Sanitation, dispensaries and jails vaccination Rajputana 1922-1927 - 1922-1927
Year: 1922
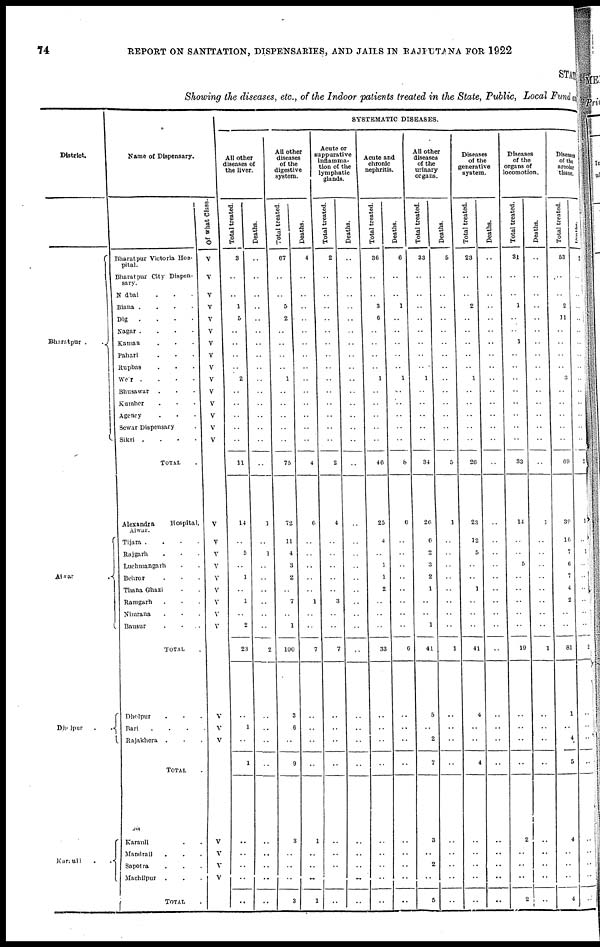
74
REPORT ON SANITATION, DISPENSARIES, AND JAILS IN RAJPUTANA FOR 1922
STAT
Showing the diseases, etc., of the Indoor patients treated in the State, Public, Local Fund an
District.
Bharatpur ..
Alwar .
Dholpur
..
Karauli
..
Name of Dispensary.
Bharatpur Victoria Hos-
pital.
Bharatpur City Dispen-
sary.
Nadbai ...
Biana ...
Dig ...
Nagar ...
Kaman ...
Pahari ...
Rupbas ...
Weir
....
Bhusawar ...
Kumher ...
Agency ...
Sewar Dispensary .
Sikri....
TOTAL .
Alexandra
Hospital,
Alwar.
Tijara ....
Rajgarh ...
Luchmangarh ...
Behror ...
Thana Ghazi ...
Ramgarh ...
Nimrana ...
Bausur
...
TOTAL .
Dholpur ...
Bari ....
Rajakhera ...
TOTAL .
Karauli ..
Mandrail ...
Sapotra ...
Machilpur ...
TOTAL .
Of what Class.
V
V
V
V
V
V
V
V
V
V
V
V
V
V
V
V
V
V
V
V
V
V
V
V
V
V
V
V
V
V
V
SYSTEMATIC DISEASES.
All other
diseases of
the liver.
Total treated.
3
..
..
1
5
..
..
..
..
2
..
..
..
..
..
11
14
..
5
..
1
..
1
..
2
23
..
1
..
1
..
..
..
..
..
Deaths.
..
..
..
..
..
..
..
..
..
..
..
..
..
..
..
..
1
..
1
..
..
..
..
..
..
2
..
..
..
..
..
..
..
..
..
All other
diseases
of the
digestive
system.
Total treated.
67
..
..
5
2
..
..
..
..
1
..
..
..
..
..
75
72
11
4
3
2
..
7
..
1
100
3
6
..
9
3
..
..
..
3
Deaths.
4
..
..
..
..
..
..
..
..
..
..
..
..
..
..
4
6
..
..
..
..
..
1
..
..
7
..
..
..
..
1
..
..
..
1
Acute or
suppurative
inflamma-
tion of the
lymphatic
glands.
Total treated.
2
..
..
..
..
..
..
..
..
..
..
..
..
..
..
2
4
..
..
..
..
..
3
..
..
7
..
..
..
..
..
..
..
..
..
Deaths.
..
..
..
..
..
..
..
..
..
..
..
..
..
..
..
..
..
..
..
..
..
..
..
..
..
..
..
..
..
..
..
..
..
..
..
Acute and
chronic
nephritis.
Total treated.
36
..
..
3
6
..
..
..
..
1
..
..
..
..
..
46
25
4
..
1
1
2
..
..
..
33
..
..
..
..
..
..
..
..
..
Deaths.
6
..
..
1
..
..
..
..
..
1
..
..
..
..
..
8
6
..
..
..
..
..
..
..
..
6
..
..
..
..
..
..
..
..
..
All other
diseases
of the
urinary
organs.
Total treated.
33
..
..
..
..
..
..
..
..
1
..
..
..
..
..
34
26
6
2
3
2
1
..
..
1
41
5
..
2
7
3
..
2
..
5
Deaths.
5
..
..
..
..
..
..
..
..
..
..
..
..
..
..
5
1
..
..
..
..
..
..
..
..
1
..
..
..
..
..
..
..
..
..
Diseases
of the
generative
system.
Total treated.
23
..
..
2
..
..
..
..
..
1
..
..
..
..
..
26
23
12
5
..
..
1
..
..
..
41
4
..
..
4
..
..
..
..
..
Deaths.
..
..
..
..
..
..
..
..
..
..
..
..
..
..
..
..
..
..
..
..
..
..
..
..
..
..
..
..
..
..
..
..
..
..
..
Diseases
of the
organs of
locomotion.
Total treated.
31
..
..
1
..
..
1
..
..
..
..
..
..
..
..
33
14
..
..
5
..
..
..
..
..
19
..
..
..
..
2
..
..
..
2
Deaths.
..
..
..
..
..
..
..
..
..
..
..
..
..
..
..
..
1
..
..
..
..
..
..
..
..
1
..
..
..
..
..
..
..
..
..
Diseases
of the
areolar
tissue.
Total treated.
53
..
..
2
11
..
..
..
..
3
..
..
..
..
..
60
39
16
7
6
7
4
2
..
..
81
1
..
4
5
4
..
..
..
4
Deaths.
2
..
..
..
..
..
..
..
..
..
..
..
..
..
..
2
1
..
1
..
..
..
..
..
..
2
..
..
..
..
..
..
..
..
..